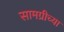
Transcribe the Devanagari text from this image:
सामग्रीच्या